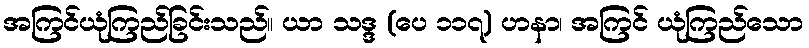
အကြင်ယုံကြည်ခြင်းသည်။ ယာ သဒ္ဒ (ပေ ၁၁၇) ဟနာ၊ အကြင် ယုံကြည်သော